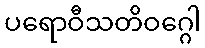
ပရောဝီသတိဝဂ္ဂေါ